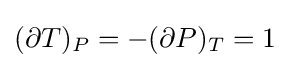
(\partial T)_{P}=-(\partial P)_{T}=1